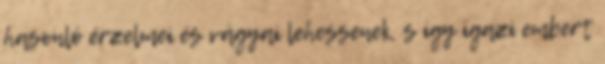
hasonló érzelmei és vágyai lehessenek, s így igazi embert